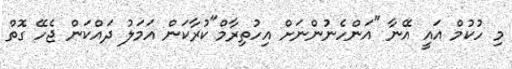
މި ހުކުމް އައީ އޭނާ "އަންހެނުންނަށް އިހުތިރާމް"ކުރާކަން އަމަލު ދައްކަން ޖެހޭ ގޮތް